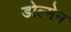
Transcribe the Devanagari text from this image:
डोल्मेन